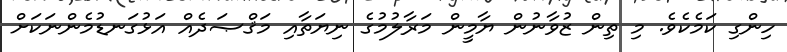
ހިންގި ކަމެކެވެ. މި ތިން ޒުވާނުން ޔާމީން މަރާލުމުގެ ނިޔަތާއި މަޤްޞަދެއް އަޅުގަނޑުމެންނަކަށް